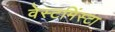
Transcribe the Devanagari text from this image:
वेस्टमिंस्टा